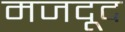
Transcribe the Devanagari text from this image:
मजदूद